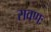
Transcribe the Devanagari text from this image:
रावणः